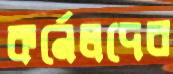
কর্নেলদের